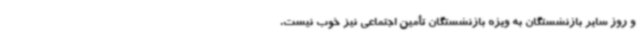
و روز سایر بازنشستگان به ویژه بازنشستگان تأمین اجتماعی نیز خوب نیست.